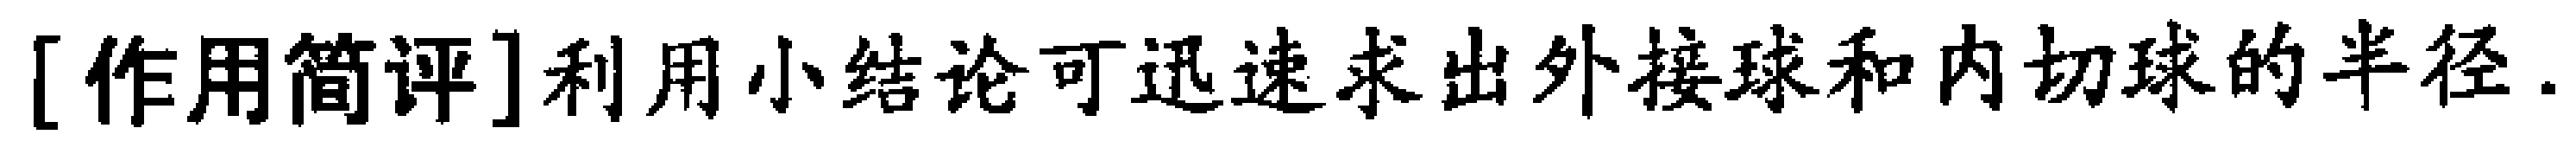
[作用简评]利用小结论可迅速求出外接球和内切球的半径.